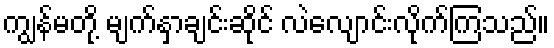
ကျွန်မတို့ မျက်နှာချင်းဆိုင် လဲလျောင်းလိုက်ကြသည်။